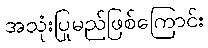
အသုံးပြုမည်ဖြစ်ကြောင်း